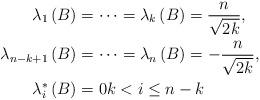
LaTeX: \begin{align*}\lambda_{1}\left( B\right) & =\cdots=\lambda_{k}\left( B\right)=\frac{n}{\sqrt{2k}},\\\lambda_{n-k+1}\left( B\right) & =\cdots=\lambda_{n}\left( B\right)=-\frac{n}{\sqrt{2k}},\\\lambda_{i}^{\ast}\left( B\right) & =0k<i\leq n-k\end{align*}